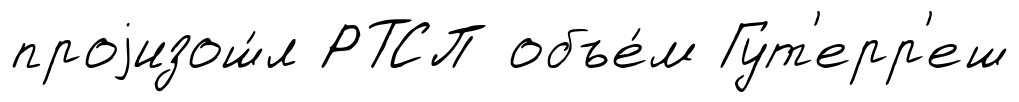
проjизош́л РТСП объе́м Гут'ерр'еш